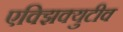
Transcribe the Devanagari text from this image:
एक्झिक्युटीव